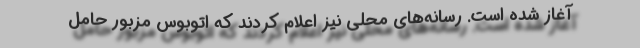
آغاز شده است. رسانه‌های محلی نیز اعلام کردند که اتوبوس مزبور حامل